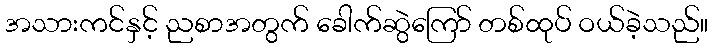
အသားကင်နှင့် ညစာအတွက် ခေါက်ဆွဲကြော် တစ်ထုပ် ဝယ်ခဲ့သည်။